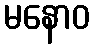
မနောဝ